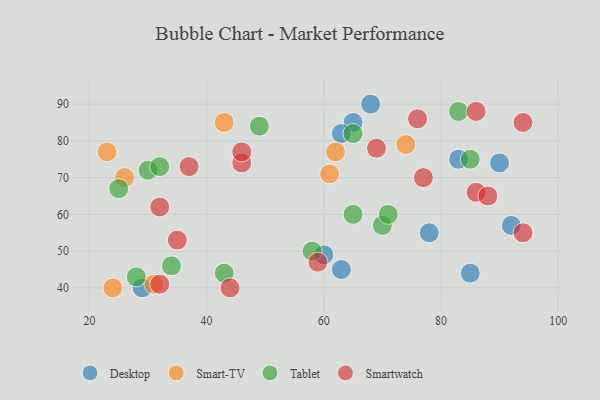
{"axis": {"x": "GDP", "y": "Life Expectancy"}, "legend": ["Desktop", "Smart-TV", "Smartwatch", "Tablet"], "data": [{"x": "68", "y": 90, "type": "Desktop"}, {"x": "29", "y": 40, "type": "Desktop"}, {"x": "92", "y": 57, "type": "Desktop"}, {"x": "90", "y": 74, "type": "Desktop"}, {"x": "85", "y": 44, "type": "Desktop"}, {"x": "65", "y": 85, "type": "Desktop"}, {"x": "83", "y": 75, "type": "Desktop"}, {"x": "63", "y": 82, "type": "Desktop"}, {"x": "63", "y": 45, "type": "Desktop"}, {"x": "78", "y": 55, "type": "Desktop"}, {"x": "60", "y": 49, "type": "Desktop"}, {"x": "26", "y": 70, "type": "Smart-TV"}, {"x": "31", "y": 41, "type": "Smart-TV"}, {"x": "61", "y": 71, "type": "Smart-TV"}, {"x": "43", "y": 85, "type": "Smart-TV"}, {"x": "23", "y": 77, "type": "Smart-TV"}, {"x": "74", "y": 79, "type": "Smart-TV"}, {"x": "62", "y": 77, "type": "Smart-TV"}, {"x": "24", "y": 40, "type": "Smart-TV"}, {"x": "25", "y": 67, "type": "Tablet"}, {"x": "43", "y": 44, "type": "Tablet"}, {"x": "30", "y": 72, "type": "Tablet"}, {"x": "49", "y": 84, "type": "Tablet"}, {"x": "34", "y": 46, "type": "Tablet"}, {"x": "32", "y": 73, "type": "Tablet"}, {"x": "70", "y": 57, "type": "Tablet"}, {"x": "83", "y": 88, "type": "Tablet"}, {"x": "28", "y": 43, "type": "Tablet"}, {"x": "85", "y": 75, "type": "Tablet"}, {"x": "65", "y": 60, "type": "Tablet"}, {"x": "71", "y": 60, "type": "Tablet"}, {"x": "58", "y": 50, "type": "Tablet"}, {"x": "65", "y": 82, "type": "Tablet"}, {"x": "37", "y": 73, "type": "Smartwatch"}, {"x": "46", "y": 74, "type": "Smartwatch"}, {"x": "77", "y": 70, "type": "Smartwatch"}, {"x": "76", "y": 86, "type": "Smartwatch"}, {"x": "35", "y": 53, "type": "Smartwatch"}, {"x": "86", "y": 66, "type": "Smartwatch"}, {"x": "94", "y": 55, "type": "Smartwatch"}, {"x": "86", "y": 88, "type": "Smartwatch"}, {"x": "59", "y": 47, "type": "Smartwatch"}, {"x": "69", "y": 78, "type": "Smartwatch"}, {"x": "44", "y": 40, "type": "Smartwatch"}, {"x": "32", "y": 62, "type": "Smartwatch"}, {"x": "46", "y": 77, "type": "Smartwatch"}, {"x": "94", "y": 85, "type": "Smartwatch"}, {"x": "88", "y": 65, "type": "Smartwatch"}, {"x": "32", "y": 41, "type": "Smartwatch"}]}